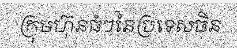
ក្រុមហ៊ុនធំៗនៃប្រទេសចិន